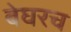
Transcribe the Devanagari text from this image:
बेघरच